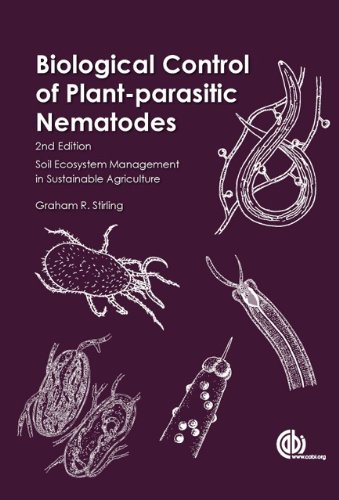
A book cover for Biological Control of Plant-Parasitic Nematodes: Soil Ecosystem Management in Sustainable Agriculture; Graham R. Stirling; Science & Math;